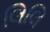
લિલિ